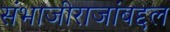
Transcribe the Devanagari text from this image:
संभाजीराजांबद्दल